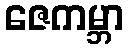
ဇေကမ္ဘာ